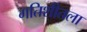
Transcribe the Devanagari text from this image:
गतिशीतला